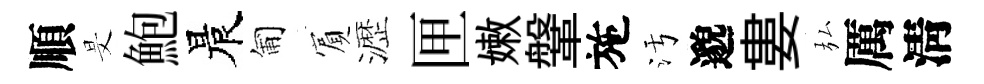
順旻鮑晨匍賔瀝匣嫩鞶施污邈婁弘厲淸